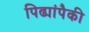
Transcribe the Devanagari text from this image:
पिढ्यांपैकी